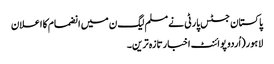
پاکستان جسٹس پارٹی نے مسلم لیگ ن میں انضمام کا اعلان
لاہور(اُردو پوائنٹ اخبارتازہ ترین۔